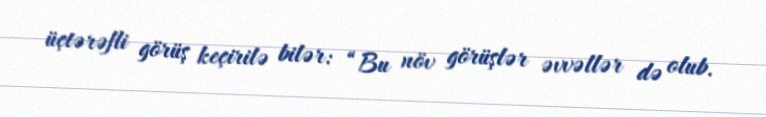
üçtərəfli görüş keçirilə bilər: “Bu növ görüşlər əvvəllər də olub.